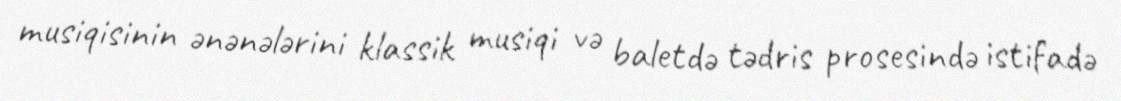
musiqisinin ənənələrini klassik musiqi və baletdə tədris prosesində istifadə